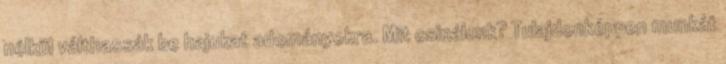
nélkül válthassák be hajukat adományokra. Mit csinálunk? Tulajdonképpen munkát